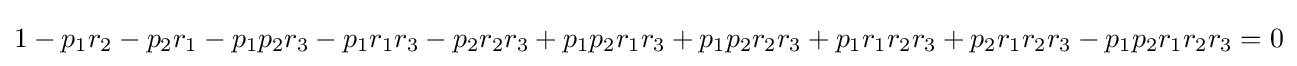
1-p_{1}r_{2}-p_{2}r_{1}-p_{1}p_{2}r_{3}-p_{1}r_{1}r_{3}-p_{2}r_{2}r_{3}+p_{1}p_{2}r_{1}r_{3}+p_{1}p_{2}r_{2}r_{3}+p_{1}r_{1}r_{2}r_{3}+p_{2}r_{1}r_{2}r_{3}-p_{1}p_{2}r_{1}r_{2}r_{3}=0